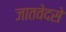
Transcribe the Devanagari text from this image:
जातवेदसे